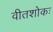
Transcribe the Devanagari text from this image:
वीतशोकः